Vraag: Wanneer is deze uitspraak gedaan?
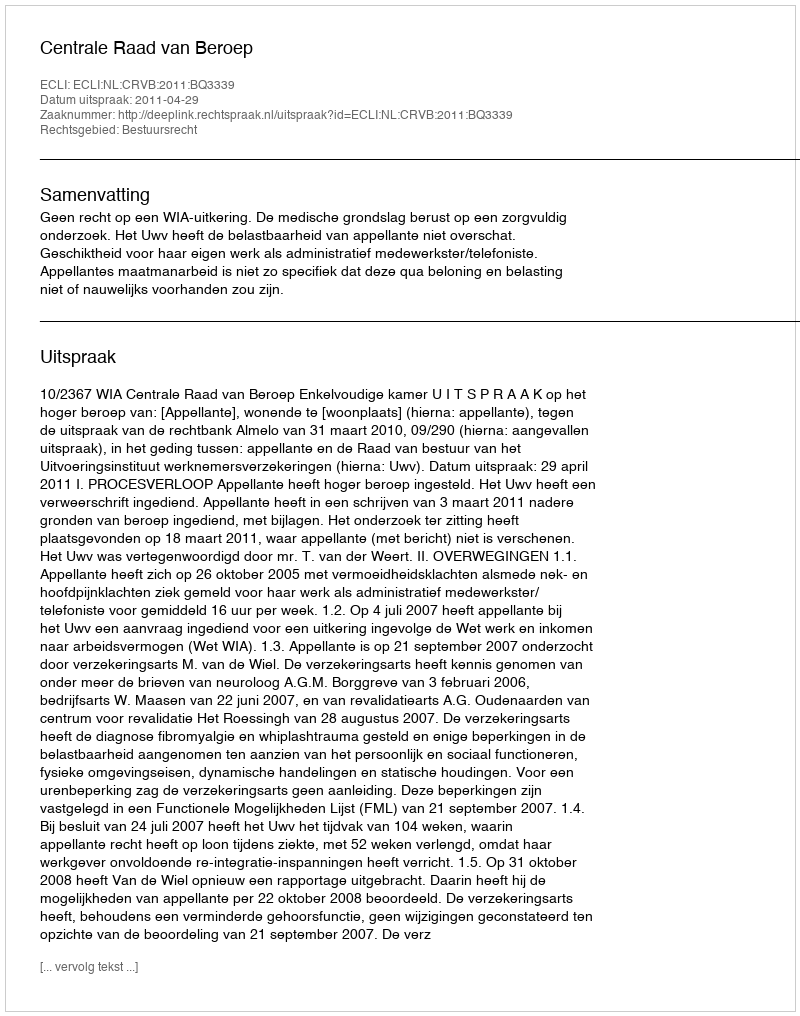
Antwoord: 2011-04-29